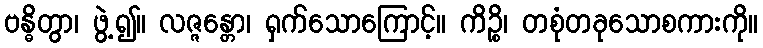
ဗန္ဓိတွာ၊ ဖွဲ့၍။ လဇ္ဇန္တော၊ ရှက်သောကြောင့်။ ကိဉ္စိ၊ တစုံတခုသောစကားကို။